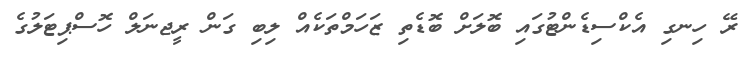
ރޭ ހިނގި އެކްސިޑެންޓުގައި ބޮލަށް ބޮޑެތި ޒަހަމްތަކެއް ލިބި ގަން ރީޖނަލް ހޮސްޕިޓަލުގެ